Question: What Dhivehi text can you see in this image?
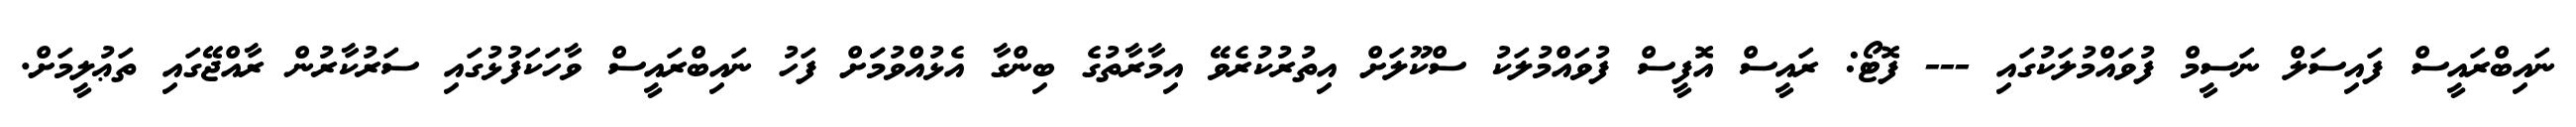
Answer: ނައިބްރައީސް ފައިސަލް ނަސީމް ފުވައްމުލަކުގައި --- ފޮޓޯ: ރައީސް އޮފީސް ފުވައްމުލަކު ސްކޫލަށް އިތުރުކުރެވޭ އިމާރާތުގެ ބިންގާ އެޅުއްވުމަަށް ފަހު ނައިބްރައީސް ވާހަކަފުޅުގައި ސަރުކާރުން ރާއްޖޭގައި ތަޢުލީމަށް.